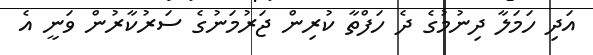
އަދި ހަމަލާ ދިނުމުގެ ދެ ހަފްތާ ކުރިން ޖަރުމަނުގެ ސަރުކާރުން ވަނީ އެ